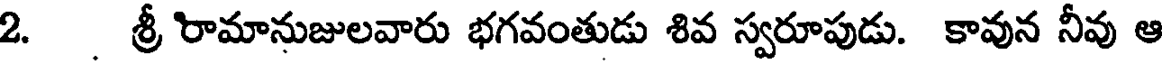
2. . శ్రీ రామానుజులవారు భగవంతుడు శివ స్వరూపుడు. కావున నీవు ఆ